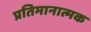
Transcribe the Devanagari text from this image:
प्रतिमानात्मक